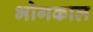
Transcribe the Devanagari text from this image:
भोगकाल